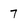
Character: 7